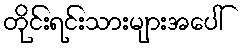
တိုင်းရင်းသားများအပေါ်